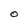
Character: O